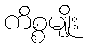
ကိစ္စမျိုး